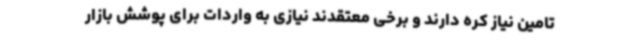
تامین نیاز کره دارند و برخی معتقدند نیازی به واردات برای پوشش بازار